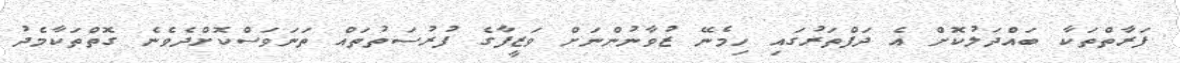
ފަރާތްތަކާ ބައްދަލުކޮށް އެ ދަފްތަރުގައި ހިމެނޭ ޒުވާނުންނަށް ވަޒީފާގެ ފުރުސަތުތައް ތަނަވަސްކޮށްދެވެނެ ގޮތްތަކާމެދު